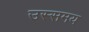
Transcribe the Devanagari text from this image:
उस्समय